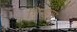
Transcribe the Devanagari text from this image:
पिर्‍हस